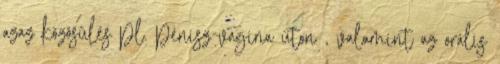
azaz közösülés pl. pénisz-vagina úton , valamint az orális